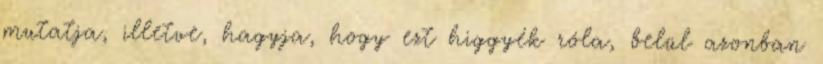
mutatja, illetve, hagyja, hogy ezt higgyék róla, belül azonban